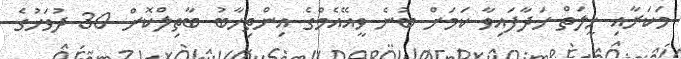
މަކަރާއި ހީލަތް ހަދާފައިވާ ކަމަށް ބުނެ ވީއޭއެމްގެ އިންތިހާބު ބާތިލްކޮށް 30 ދުވަހުގެ